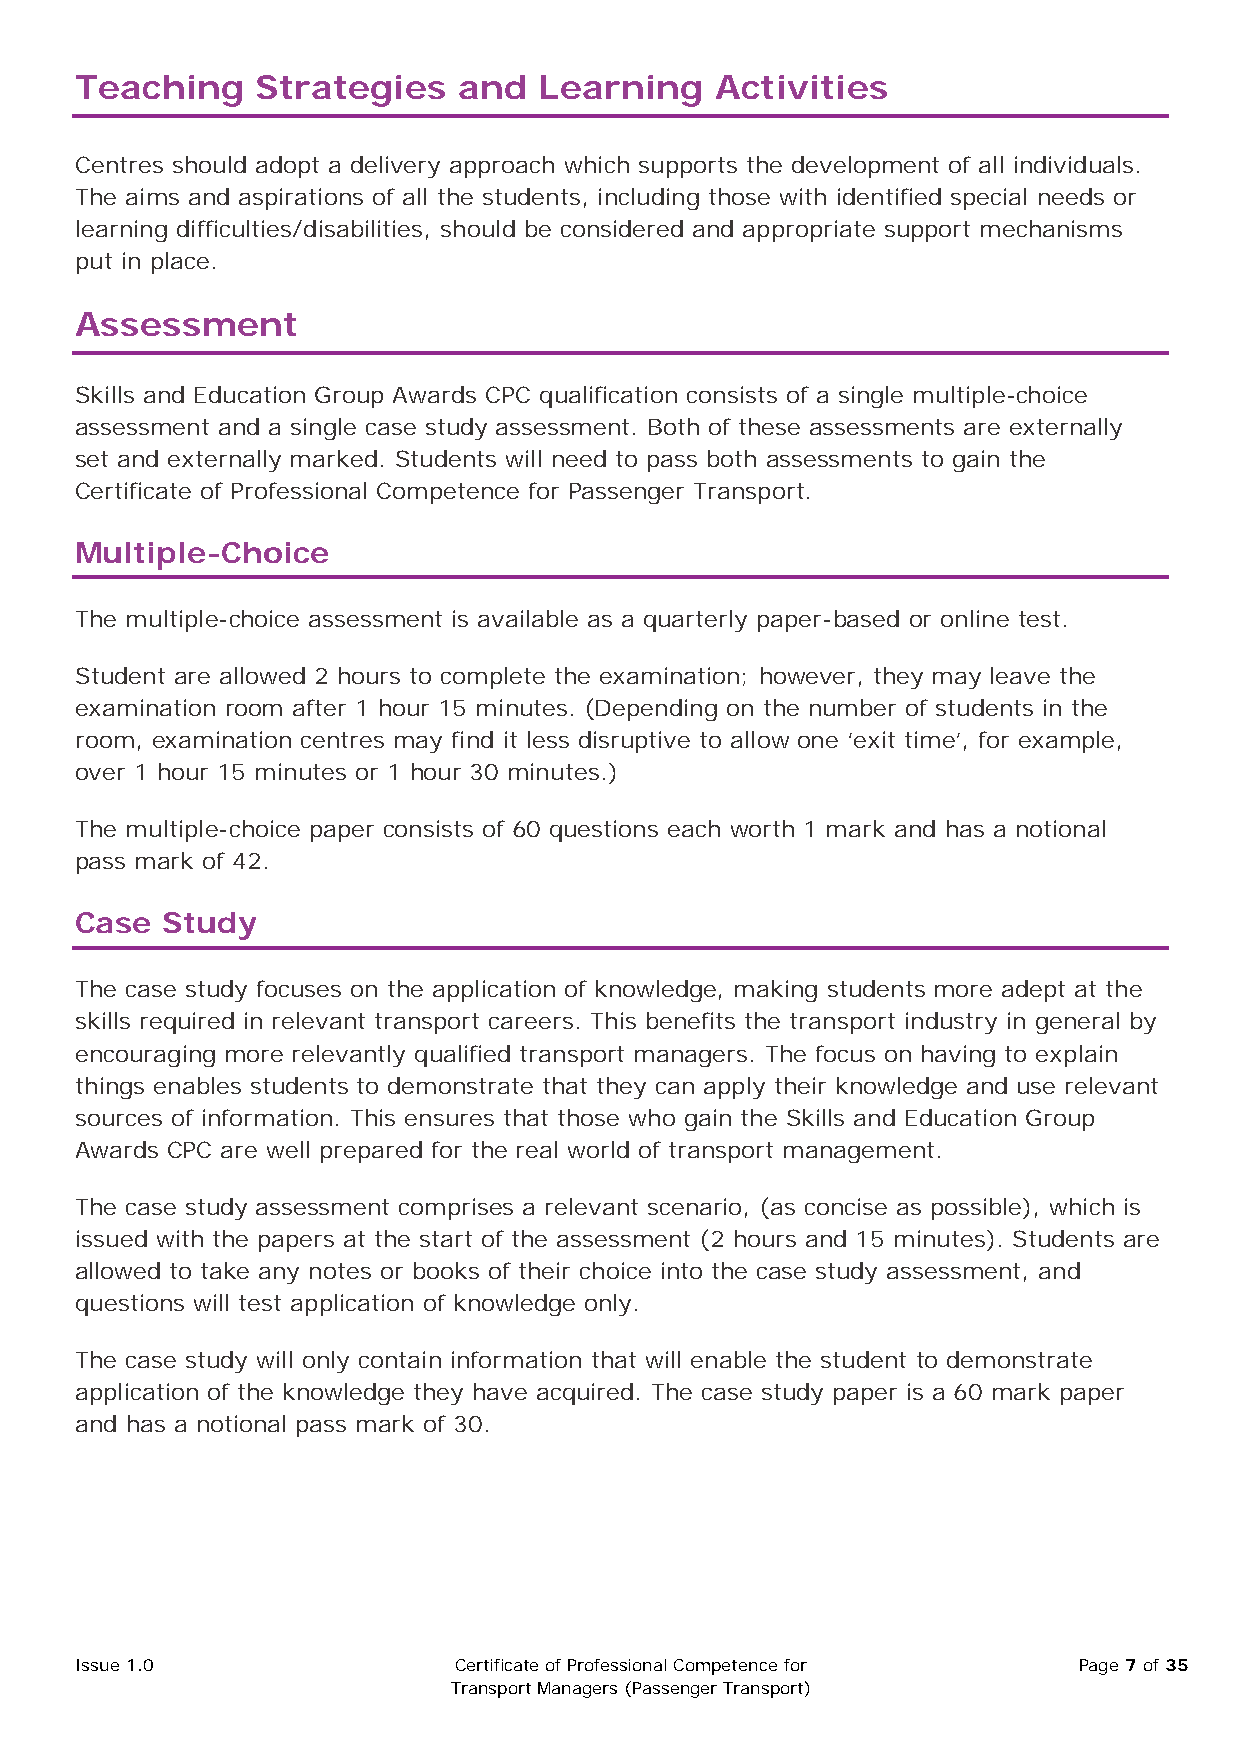
Teaching    Strategies   and   Learning   Activities
 Centres should adopt a delivery approach which supports the development of all individuals.
 The aims and aspirations of all the students, including those with identified special needs or
 learning difficulties/disabilities, should be considered and appropriate support mechanisms
 put in place.
 Assessment
 Skills and Education Group Awards CPC qualification consists of a single multiple-choice
 assessment and a single case study assessment. Both of these assessments are externally
 set and externally marked. Students will need to pass both assessments to gain the
 Certificate of Professional Competence for Passenger Transport.
 Multiple-Choice
 The multiple-choice assessment is available as a quarterly paper-based or online test.
 Student are allowed 2 hours to complete the examination; however, they may leave the
 examination room after 1 hour 15 minutes. (Depending on the number of students in the
 room, examination centres may find it less disruptive to allow one ‘exit time’, for example,
 over 1 hour 15 minutes or 1 hour 30 minutes.)
 The multiple-choice paper consists of 60 questions each worth 1 mark and has a notional
 pass mark of 42.
 Case  Study
 The case study focuses on the application of knowledge, making students more adept at the
 skills required in relevant transport careers. This benefits the transport industry in general by
 encouraging more relevantly qualified transport managers. The focus on having to explain
 things enables students to demonstrate that they can apply their knowledge and use relevant
 sources of information. This ensures that those who gain the Skills and Education Group
 Awards CPC are well prepared for the real world of transport management.
 The case study assessment comprises a relevant scenario, (as concise as possible), which is
 issued with the papers at the start of the assessment (2 hours and 15 minutes). Students are
 allowed to take any notes or books of their choice into the case study assessment, and
 questions will test application of knowledge only.
 The case study will only contain information that will enable the student to demonstrate
 application of the knowledge they have acquired. The case study paper is a 60 mark paper
 and has a notional pass mark of 30.
 Issue 1.0                Certificate of Professional Competence for Page 7 of 35
 Transport Managers (Passenger Transport)